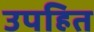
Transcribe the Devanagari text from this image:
उपहित